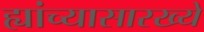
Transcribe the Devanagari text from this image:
ह्यांच्यासारख्ये